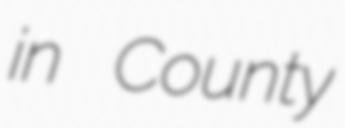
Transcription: in County